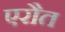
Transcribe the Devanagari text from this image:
एरौत